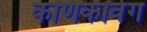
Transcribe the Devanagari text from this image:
कणिकावेग